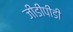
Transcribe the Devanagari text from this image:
जीडीपीडी